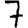
Digit: 7